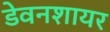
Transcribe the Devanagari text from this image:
डेवनशायर